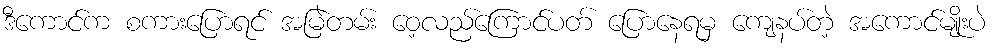
ဒီကောင်က စကားပြောရင် အမြဲတမ်း ဝေ့လည်ကြောင်ပတ် ပြောနေရမှ ကျေနပ်တဲ့ အကောင်မျိုးပဲ